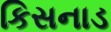
કિસનાડ